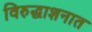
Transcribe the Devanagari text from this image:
विरुद्धाशनात